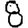
Digit: 8